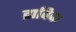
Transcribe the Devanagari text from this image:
द्राविक